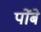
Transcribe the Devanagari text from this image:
पोंबे